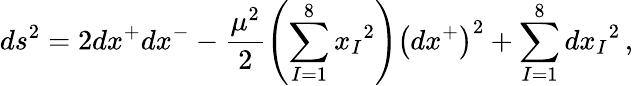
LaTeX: ds^{2}=2dx^{+}dx^{-}-\frac{\mu^{2}}{2}\left(\sum_{I=1}^{8}{x_{I}}^{2}\right)\left(dx^{+}\right)^{2}+\sum_{I=1}^{8}{dx_{I}}^{2}\, ,